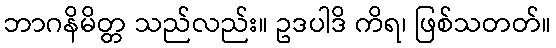
ဘာဂနိမိတ္တ သည်လည်း။ ဥဒပါဒိ ကိရ၊ ဖြစ်သတတ်။